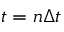
t = n \Delta t